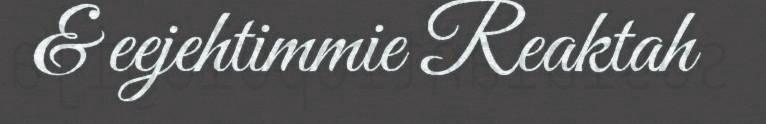
& eejehtimmie Reaktah